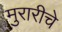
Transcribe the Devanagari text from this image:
मुरारीचे